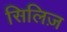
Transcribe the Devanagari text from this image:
सिलिज़